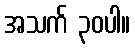
အသက် ၃၀ပါ။